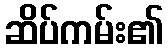
ဆိပ်ကမ်း၏